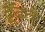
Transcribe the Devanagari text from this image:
ढूॅढते